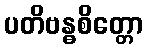
ပတိဗန္ဓစိတ္တော